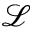
\mathcal { L }